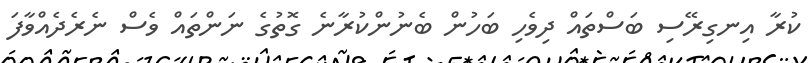
ކުރާ އިނގިރޭސި ބަސްތައް ދިވެހި ބަހުން ބެނުންކުރާނެ ގޮތުގެ ނަންތައް ވެސް ނެރެދެއްވާފަ